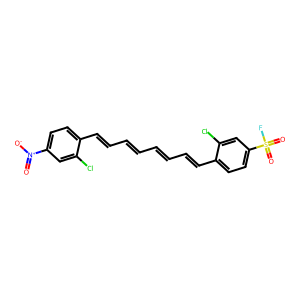
SMILES: O=[N+]([O-])c1ccc(C=CC=CC=CC=Cc2ccc(S(=O)(=O)F)cc2Cl)c(Cl)c1
Inhibits HIV replication: No